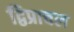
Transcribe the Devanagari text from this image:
द्विप्राचल